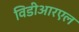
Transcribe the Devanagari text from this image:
विडीआरएल